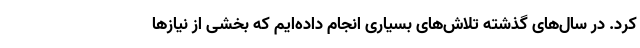
کرد. در سال‌های گذشته تلاش‌های بسیاری انجام داده‌ایم که بخشی از نیازها